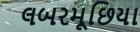
લબરમૂછિયા